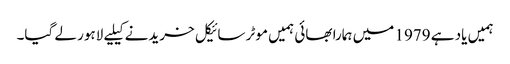
ہمیں یاد ہے 1979 میں ہمارا بھائی ہمیں موٹر سائیکل خریدنے کیلیے لاہور لے گیا۔